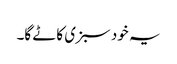
یہ خود سبزی کاٹے گا۔